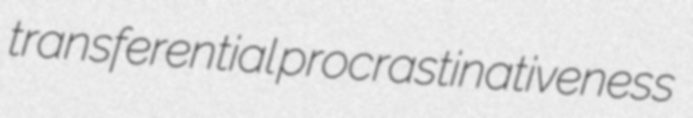
transferential procrastinativeness